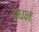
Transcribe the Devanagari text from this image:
बधन